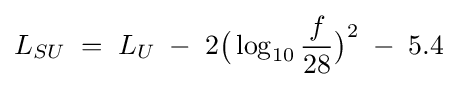
L_{SU}\;=\;L_{U}\;-\;2{\big (}\log _{10}{\frac {f}{28}}{\big )}^{2}\;-\;5.4